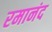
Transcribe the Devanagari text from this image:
रमानंद